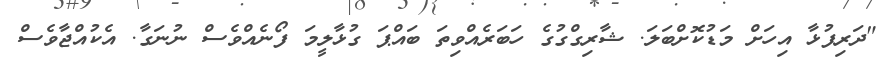
"ދަރިފުޅާ އިހަށް މަޑުކޮށްބަލަ. ޝާރިގްގުގެ ހަބަރެއްވިތަ ބައްޕަ ގުޅާލީމަ ފޯނެއްވެސް ނުނަގާ. އެކުއްޖާވެސް